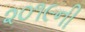
૨૦૧૯ની